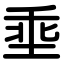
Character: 埀